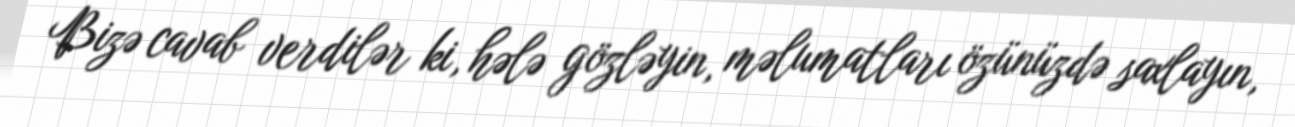
Bizə cavab verdilər ki, hələ gözləyin, məlumatları özünüzdə saxlayın,